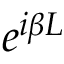
e ^ { i \beta L }